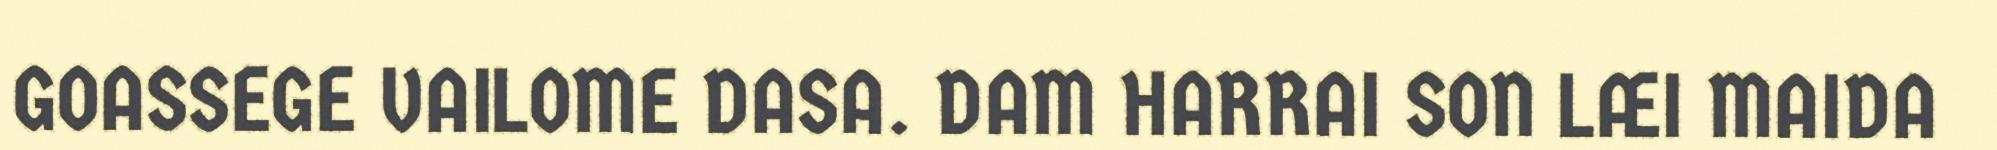
GOASSEGE VAILOME DASA. DAM HARRAI SON LÆI MAIDA